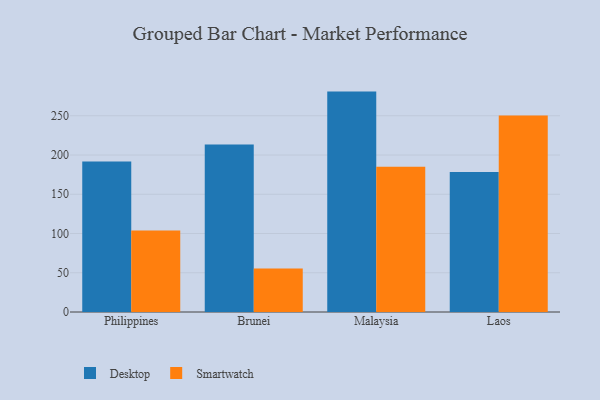
{"axis": {"x": "Country", "y": "Temperature (°C)"}, "legend": ["Desktop", "Smartwatch"], "data": [{"x": "Philippines", "y": 191.8, "type": "Desktop"}, {"x": "Philippines", "y": 103.8, "type": "Smartwatch"}, {"x": "Brunei", "y": 213.3, "type": "Desktop"}, {"x": "Brunei", "y": 55.4, "type": "Smartwatch"}, {"x": "Malaysia", "y": 280.8, "type": "Desktop"}, {"x": "Malaysia", "y": 185.1, "type": "Smartwatch"}, {"x": "Laos", "y": 178.5, "type": "Desktop"}, {"x": "Laos", "y": 250.4, "type": "Smartwatch"}]}